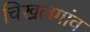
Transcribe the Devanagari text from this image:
चिखलगांव